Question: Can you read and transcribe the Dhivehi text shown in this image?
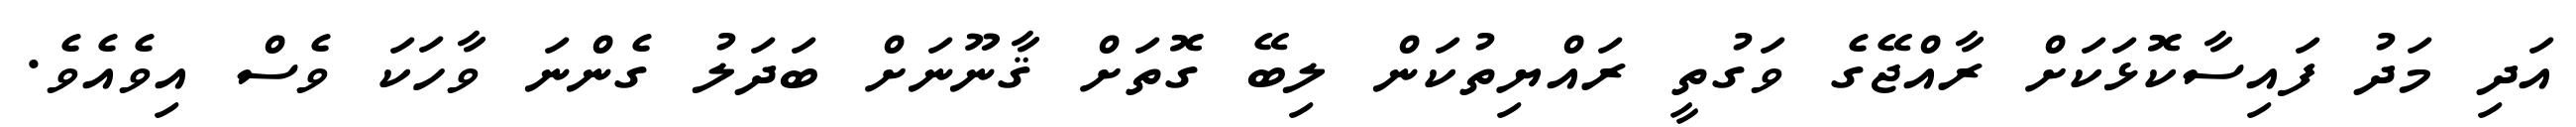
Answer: އަދި މަދު ފައިސާކޮޅަކަށް ރާއްޖޭގެ ވަގުތީ ރައްޔިތުކަން ލިބޭ ގޮތަށް ޤާނޫނަށް ބަދަލު ގެންނަ ވާހަކަ ވެސް އިވެއެވެ.